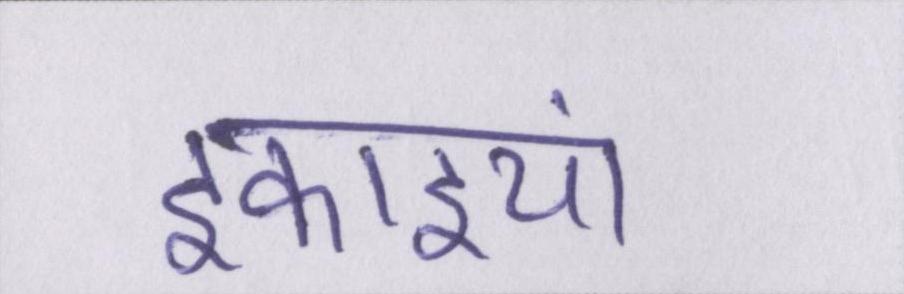
इकाइयां